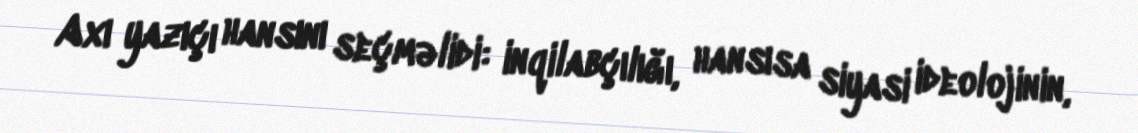
Axı yazıçı hansını seçməlidi: inqilabçılığı, hansısa siyasi ideolojinin,